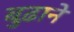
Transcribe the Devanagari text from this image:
बुढ़ाने